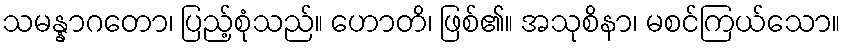
သမန္နာဂတော၊ ပြည့်စုံသည်။ ဟောတိ၊ ဖြစ်၏။ အသုစိနာ၊ မစင်ကြယ်သော။